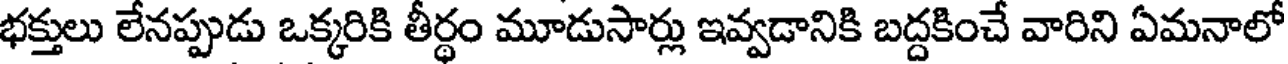
భక్తులు లేనప్పుడు ఒక్కరికి తీర్థం మూడుసార్లు ఇవ్వడానికి బద్దకించే వారిని ఏమనాలో